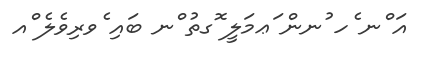
އަ ްނ ެހ ުނން ަޢމަލީ ޮގތު ްނ ބައި ެވރިވެލެ ްއ